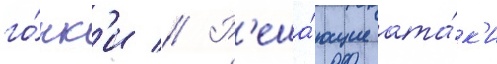
го́нк'и // Р'еша́ющие ата́к'и